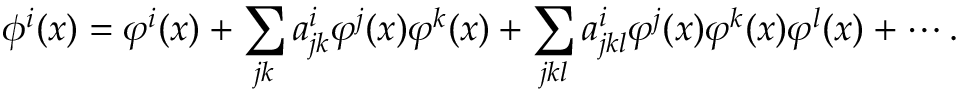
\phi ^ { i } ( x ) = \varphi ^ { i } ( x ) + \sum _ { j k } a _ { j k } ^ { i } \varphi ^ { j } ( x ) \varphi ^ { k } ( x ) + \sum _ { j k l } a _ { j k l } ^ { i } \varphi ^ { j } ( x ) \varphi ^ { k } ( x ) \varphi ^ { l } ( x ) + \cdots .